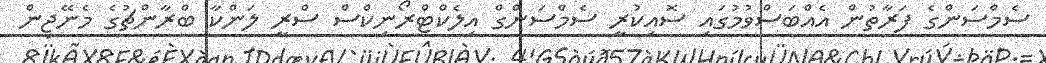
ސެމްސަންގެ ފަރާތުން އެއްބަސްވުމުގައި ސޮއިކުރީ ސެމްސަންގް އިލެކްޓްރޯނިކްސް ސްރީ ލަންކާ ބްރާންޗުގެ މެނޭޖިން